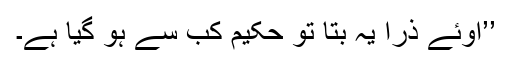
’’اوئے ذرا یہ بتا تو حکیم کب سے ہو گیا ہے۔